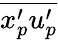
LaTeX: \overline{{x_{p}^{\prime}u_{p}^{\prime}}}